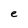
Character: e